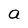
Character: a